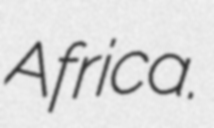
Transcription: Africa.